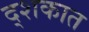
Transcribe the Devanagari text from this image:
द्शकात